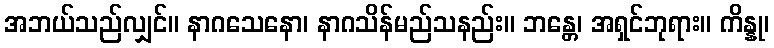
အဘယ်သည်လျှင်။ နာဂသေနော၊ နာဂသိန်မည်သနည်း။ ဘန္တေ၊ အရှင်ဘုရား။ ကိန္နု၊